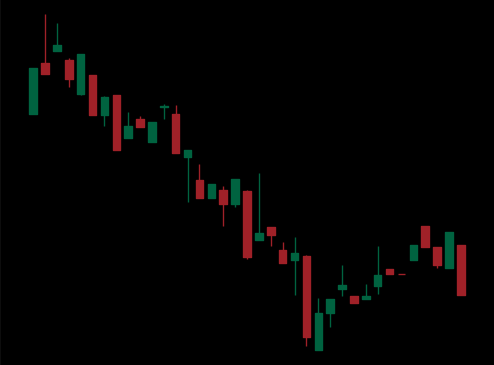
Pattern: bull_flag